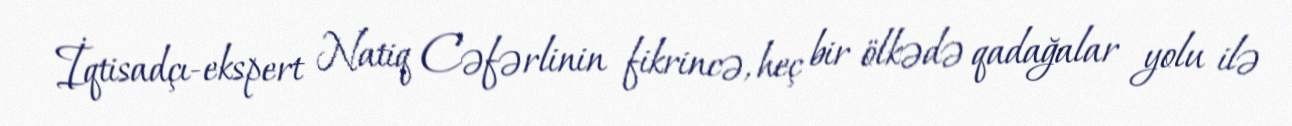
İqtisadçı-ekspert Natiq Cəfərlinin fikrincə, heç bir ölkədə qadağalar yolu ilə